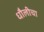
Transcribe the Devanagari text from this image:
धौलीचा